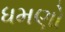
ધમણો